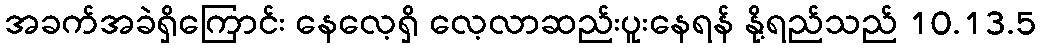
အခက်အခဲရှိကြောင်း နေလေ့ရှိ လေ့လာဆည်းပူးနေရန် နို့ရည်သည် 10.13.5